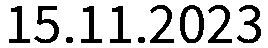
15.11.2023